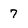
Character: 7